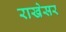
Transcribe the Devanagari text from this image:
राखेसर